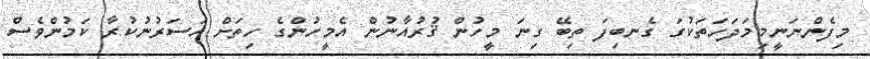
މިފެންނަނީމިމަދަހަތަކުގަ ގެނބިފަ ތިބޭ ގިނަ މީހުން ޤުރުއާނުން އެމީހުންގެ ހިތަށް އަސަރުނުކުރާ ކަމުންވެސް